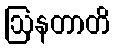
ဩနတာတိ